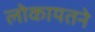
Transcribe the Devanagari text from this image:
लोकायतने